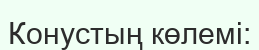
Конустың көлемі: